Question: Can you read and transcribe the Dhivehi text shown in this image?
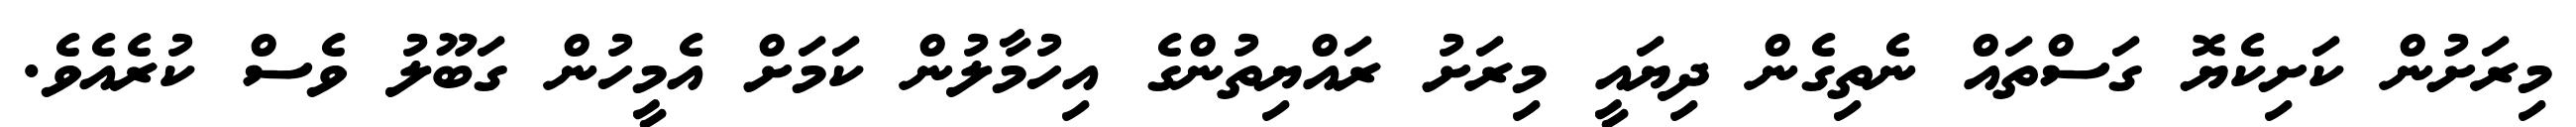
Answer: މިރަށުން ކަށިކެޔޮ ގަސްތައް ނެތިގެން ދިޔައީ މިރަށު ރައްޔިތުންގެ އިހުމާލުން ކަމަށް އެމީހުން ގަބޫލު ވެސް ކުރެއެވެ.